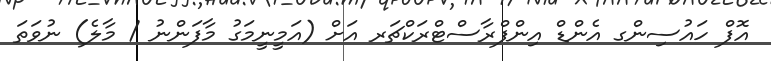
އޮފް ހައުސިންގ އެންޑް އިންފްރާސްޓްރަކްޗަރ އަށް (އަމީނީމަގު މާފަންނު / މާލެ) ނުވަތަ